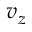
v _ { z }